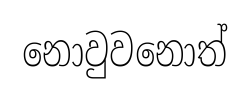
නොවුවනොත්